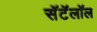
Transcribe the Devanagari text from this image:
सॅटॅलॉल